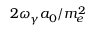
2 \omega _ { \gamma } a _ { 0 } / m _ { e } ^ { 2 }